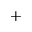
^ +